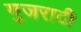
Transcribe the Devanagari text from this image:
गुजराठी